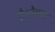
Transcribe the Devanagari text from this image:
है।नेवला